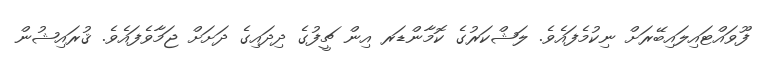
ފޫވައްޓައިލައިބޭރަށް ނިކުމެފައެވެ. ލަޝްކަރުގެ ކޮމާންޑަރ އިން ޗީފުގެ ދިދައިގެ ދަށަށް ޖަމާވެފައެވެ. ޤުރައިޝުން